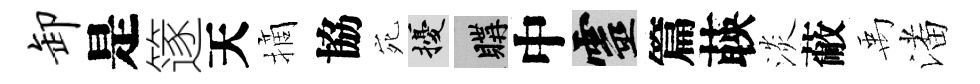
卸是篴天摘協宛擾購中靈篇𦴤淡蔽禹潘